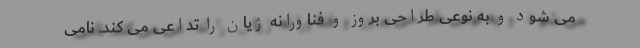
می شود و به نوعی طراحی بروز و فناورانه ژیان را تداعی می کند. نامی